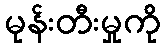
မုန်းတီးမှုကို